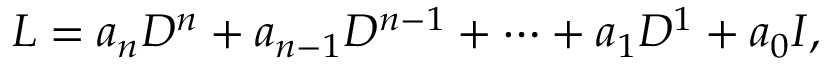
L = a _ { n } D ^ { n } + a _ { n - 1 } D ^ { n - 1 } + \cdots + a _ { 1 } D ^ { 1 } + a _ { 0 } I ,